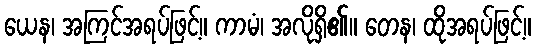
ယေန၊ အကြင်အရပ်ဖြင့်။ ကာမံ၊ အလိုရှိ၏။ တေန၊ ထိုအရပ်ဖြင့်။